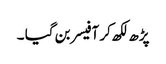
پڑھ لکھ کر آفیسر بن گیا ۔